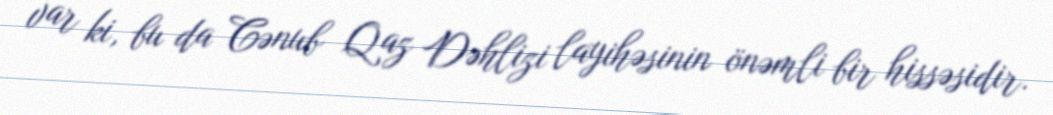
var ki, bu da Cənub Qaz Dəhlizi layihəsinin önəmli bir hissəsidir.